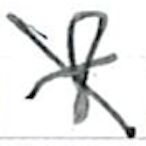
Text: 8
Cross-out: cross
Writing tool: ballpoint